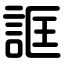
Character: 誆